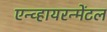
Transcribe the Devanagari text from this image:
एन्व्हायरन्मेंटल